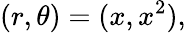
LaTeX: (r,\theta)=(x,x^{2}),